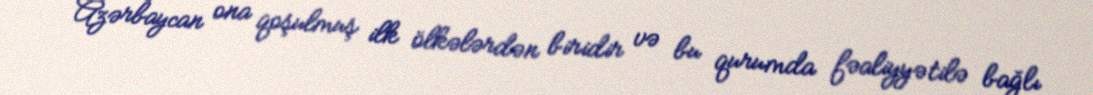
Azərbaycan ona qoşulmuş ilk ölkələrdən biridir və bu qurumda fəaliyyətilə bağlı